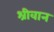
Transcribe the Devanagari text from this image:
श्रीवान